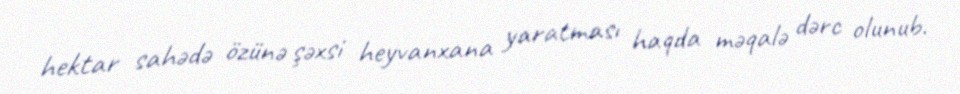
hektar sahədə özünə şəxsi heyvanxana yaratması haqda məqalə dərc olunub.